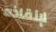
لإنقاذه